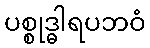
ပစ္စုဒ္ဓါရပဘဝံ